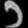
Digit: ၁